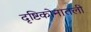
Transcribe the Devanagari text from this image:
दृष्टिकोनातली